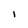
Character: 1